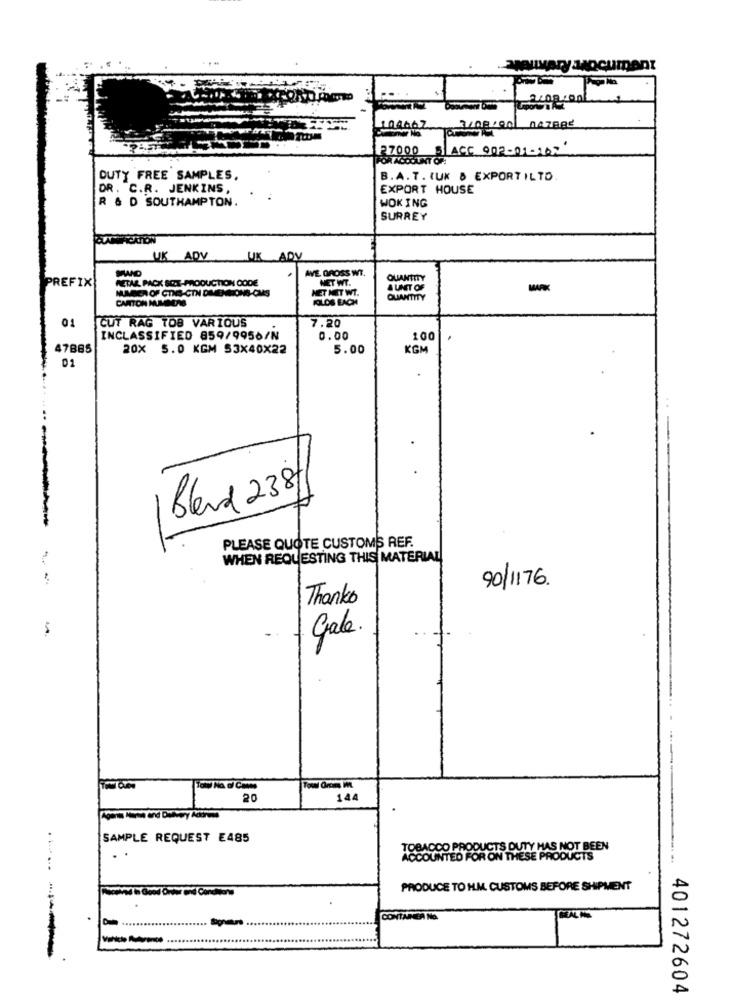
104667
3/08/00047882
Somer No
PORACH: ACE 902-01-167
27000
DUTY FREE SAMPLES.
B.A.T. IUK & EXPORTILTO.
DR. C.R. JENKINS,
EXPORT HOUSE
R & D SOUTHAMPTON.
WOK ING
SURREY
UK ADV
UK ADV
AVE GROSS WT.
PREFIX
RETAR PACK SCI-PRODUCTION CODE
NET WT.
QUANTITY
NUMBER OF CTING-CTN DIMENSIONS-CMS
HET NET WT.
A LIST OF
CARTON MUMGUTE
QUANTITY
01
CUT RAG TOB VARIOUS
7.20
INCLASSIFIED 859/9956/N
0.00
100
47885
20X 5.0 KGM 53X40X22
5.00
KGM
01
Blend 238
PLEASE QUOTE CUSTOMS REF.
WHEN REQUESTING THIS MATERIAL
90/1176.
Thanks
Gale.
Towi Ore m.
20
144
SAMPLE REQUEST E485
TOBACCO PRODUCTS DUTY HAS NOT BEEN
ACCOUNTED FOR ON THESE PRODUCTS
PRODUCE TO H.M. CUSTOMS BEFORE SHIPMENT
CONTAINER No.
401272604